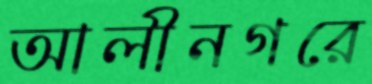
আলীনগরে